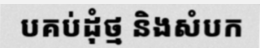
បគប់ដុំថ្ម និងសំបក